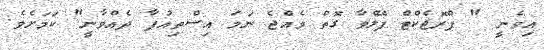
އިވެނީ " ޕްރޮޖެކްޓް ފޭލްވާ ގޮތް ވެއްޖެ ނަމަ އިސްތިއުފާ ދެއްވާނީ" ކަމަށެވެ.